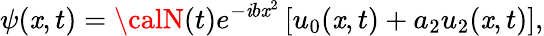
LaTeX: \psi(\mathit{x},t)={\calN}(t)e^{-\mathit{i}b\mathit{x}^{2}}\left[u_{0}(\mathit{x},t)+a_{2}u_{2}(\mathit{x},t)\right],